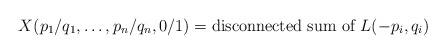
\begin{align*}X(p_{1}/q_{1},\ldots,p_{n}/q_{n},0/1)=\mbox{disconnected sum of }L(-p_{i},q_{i})\end{align*}